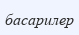
басарилер